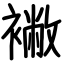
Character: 襒